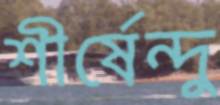
শীর্ষেন্দু